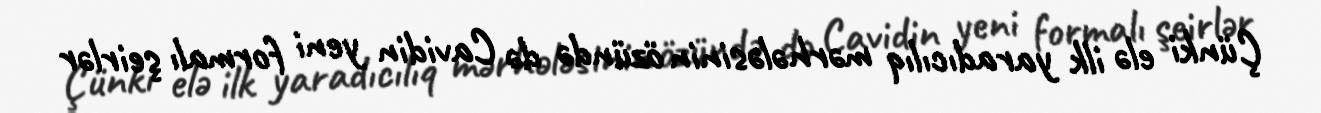
Çünki elə ilk yaradıcılıq mərhələsinin özündə də Cavidin yeni formalı şeirlər